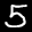
Label: 5